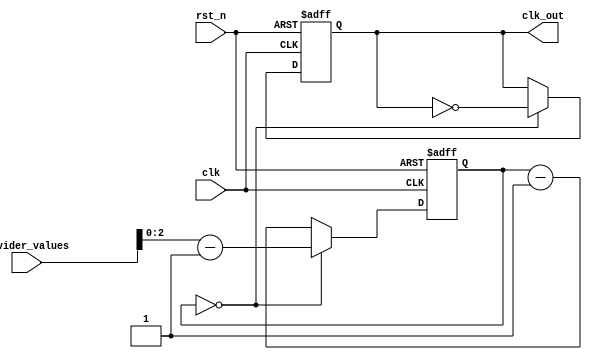
module dual_modulus_clock_divider(
    input clk,
    input rst_n,
    input [7:0] divider_values,
    output reg clk_out
);

reg [2:0] counter;
reg [7:0] divider;

always @(posedge clk or negedge rst_n) begin
    if (~rst_n) begin
        counter <= 0;
        clk_out <= 0;
    end else begin
        if (counter == 0) begin
            counter <= divider_values[7:0] - 1;
            clk_out <= ~clk_out;
        end else begin
            counter <= counter - 1;
        end
    end
end

always @* begin
    if (divider == 0) begin
        divider <= divider_values[7:0];
    end else begin
        divider <= divider - 1;
    end
end

endmodule